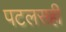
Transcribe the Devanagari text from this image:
पटलसही